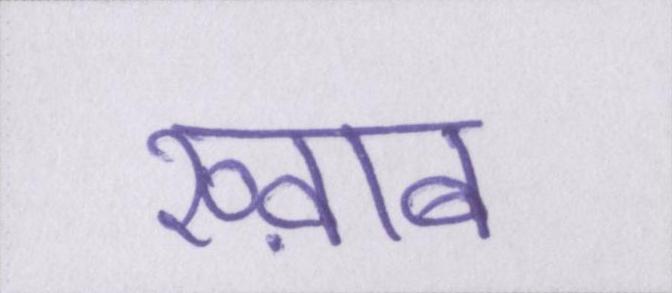
ख्व़ाब